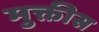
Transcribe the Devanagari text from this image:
मुक्तीस